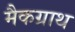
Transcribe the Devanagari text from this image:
मैकग्राथ